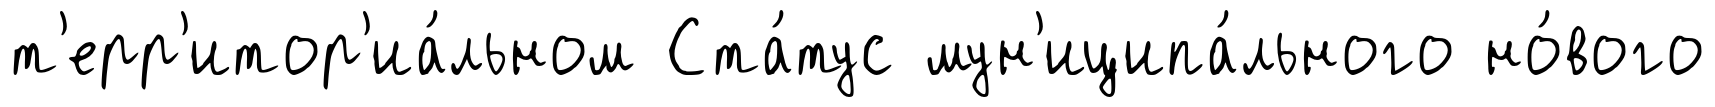
т'ерр'итор'иа́льном Ста́тус мун'иципа́льного но́вого